Vaccination North-Western Provinces and Oudh 1896-1901 - 1896-1901
Year: 1896
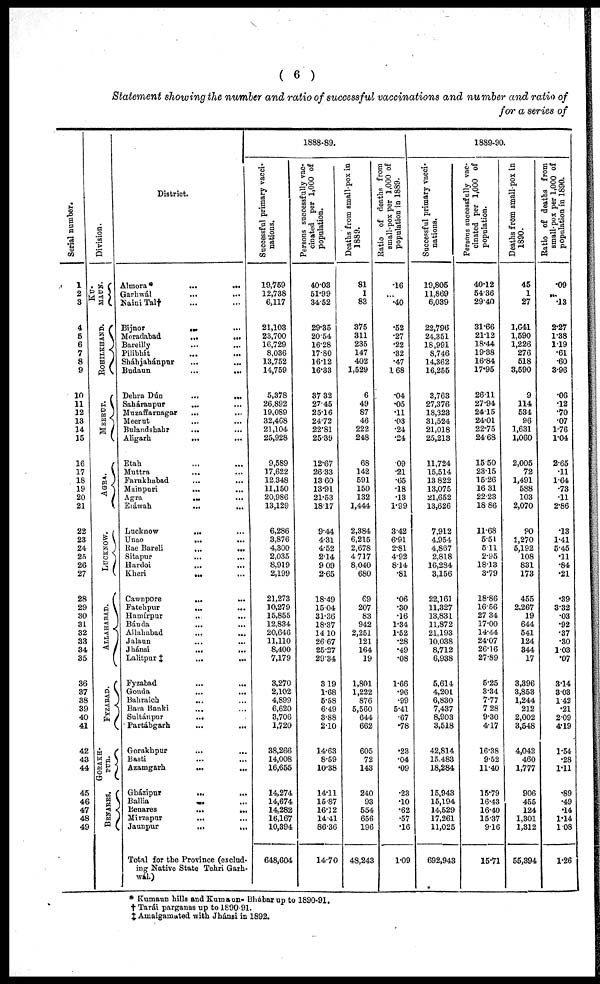
( 6 )
Statement showing the number and ratio of successful vaccinations and number and ratio of
for a series of
Serial number.
1
2
3
4
5
6
7
8
9
10
11
12
13
14
15
16
17
18
19
20
21
22
23
24
25
26
27
28
29
30
31
32
33
34
35
36
37
38
39
40
41
42
43
44
45
46
47
48
49
Division.
KU-
MAUN.
ROHILKHAND.
MEERUT.
AGRA.
LUCKNOW.
ALLAHABAD.
FYZABAD.
GORAKH-
PUR.
BENARES.
District.
Almora*
...
...
Garhwál ... ...
Naini Tal† ... ...
Bijnor
... ...
Moradabad
...
...
Bareilly ... ...
Pilibhít ... ...
Sháhjahánpur
...
...
Budaun
...
...
Dehra Dún
...
...
Saháranpur
... ...
Muzaffarnagar
... ...
Meerut ... ...
Bulandshahr
... ...
Aligarh
... ...
Etah ... ...
Muttra ... ...
Farukhabad ... ...
Mainpuri
...
...
Agra
... ...
Etáwah ... ...
Lucknow
... ...
Unao
...
...
Rae Bareli
...
...
Sitapur
...
...
Hardoi ... ...
Kheri
... ...
Cawnpore
...
...
Fatehpur
... ...
Hamírpur ... ...
Bánda ... ...
Allahabad ... ...
Jalaun
...
...
Jhánsi
...
...
Lalitpur‡
...
...
Fyzabad
...
...
Gonda
...
...
Bahraich ... ...
Bara Banki ... ...
Sultánpur
... ...
Partábgarh
...
...
Gorakhpur ... ...
Basti
...
...
Azamgarh
...
...
Gházipur
...
...
Ballia
... ...
Benares
...
...
Mirzapur
...
...
Jaunpur
...
...
Total for the Province (exclud-
ing Native State Tehri Garh¬
wál.)
1888-89.
Successful primary vacci-
nations.
19,759
12,738
6,117
21,103
23,700
16,729
8,036
13,752
14,759
5,378
26,892
19,089
32,468
21,104
25,928
9,589
17,622
12,348
11,150
20,986
13,129
6,286
3,876
4,300
2,035
8,919
2,199
21,273
10,279
15,855
12,834
20,646
11,110
8,400
7,179
3,270
2,102
4,899
6,620
3,706
1,720
38,266
14,008
16,655
14,274
14,674
14,282
16,167
10,394
648,604
Persons successfully vac-
cinated per 1,000 of
population.
40.03
51.99
34.52
29.35
20.54
16.28
17.80
16.12
16.33
37.32
27.45
25.16
24.72
22.81
25.39
12.67
26.33
13.60
13.91
21.53
18.17
9.44
4.31
4.52
2.14
9.09
2.65
18.49
15.04
31.36
18.37
14.10
26.67
25.27
29.34
3.19
1.68
5.58
6.49
3.88
2.10
14.63
8.59
10.38
14.11
15.87
16.12
14.41
86.36
14.70
Deaths from small-pox in
1889.
81
1
83
375
311
235
147
402
1,529
6
49
87
46
222
248
68
142
591
150
132
1,444
2,384
6,215
2,678
4,717
8,040
680
69
207
83
942
2,251
121
164
19
1,801
1,222
876
5,560
644
662
605
72
143
240
93
554
656
196
48,243
Ratio of deaths from
small-pox per 1,000 of
population in 1889.
.16
...
.40
.52
.27
.22
.32
.47
1.68
.04
.05
.11
.03
.24
.24
.09
.21
.65
.18
.13
1.99
3.42
6.91
2.81
4.92
8.14
.81
.06
.30
.16
1.34
1.52
.28
.49
.08
1.66
.96
.99
5.41
.67
.78
.23
.04
.09
.23
.10
.62
.57
.16
1.09
1889-90.
Successful primary vacci-
nations.
19,805
11,869
6,039
22,796
24,351
18,991
8,746
14,362
16,255
3,763
27,376
18,323
31,524
21,018
25,213
11,724
15,514
13, 822
13,075
21,652
13,626
7,912
4,954
4,867
2,818
16,284
3,156
22,161
11,327
13,831
11,872
21,193
10,038
8,712
6,938
5,614
4,201
6,830
7,437
8,903
3,518
42,814
15,483
18,284
15,943
15,194
14,529
17,261
11,025
692,943
Persons successfully vac-
cinated per 1,000 of
population.
40.12
54.36
29.40
31.66
21.12
18.44
19.38
16.84
17.95
26.11
27.94
24.15
24.01
22.75
24.68
15.50
23.15
15.26
16.31
22.23
18.86
11.68
5.51
5.11
2.95
18.13
3.79
18.86
16.56
27.34
17.00
14.44
24.07
26.16
27.89
5.25
3.34
7.77
7.28
9.30
4.17
16.38
9.52
11.40
15.79
16.43
16.40
15.37
9.16
15.71
Deaths from small pox in
1890.
45
1
27
1,641
1,590
1,226
276
518
3,590
9
114
534
96
1,631
1,060
2,005
72
1,491
588
103
2,070
90
1,270
5,192
108
831
173
455
2,267
19
644
541
124
344
17
3,396
3,853
1,244
212
2,002
3,548
4,042
460
1,777
906
455
124
1,301
1,312
55,394
Ratio of deaths from
small-pox per 1,000 of
population
in
1890.
.09
...
.13
2.27
1.38
1.19
.61
.60
3.96
.06
.12
.70
.07
1.76
1.04
2.65
.11
1.64
.73
.11
2.86
.13
1.41
5.45
.11
.84
.21
.39
3.32
.03
.92
.37
.30
1.03
.07
3.14
3.03
1.42
.21
2.09
4.19
1.54
.28
1.11
.89
.49
.14
1.14
1.08
1.26
* Kumaun hills and Kumaun- Bhábar up to 1890-91.
† Tarái parganas up to 1890.91.
‡ Amalgamated with Jhánsi in 1892.